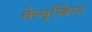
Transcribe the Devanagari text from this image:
केमुखिया